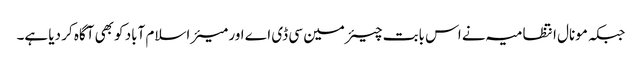
جبکہ مونال انتظامیہ نے اس بابت چیئرمین سی ڈی اے اور میئر اسلام آباد کو بھی آگاہ کر دیا ہے۔